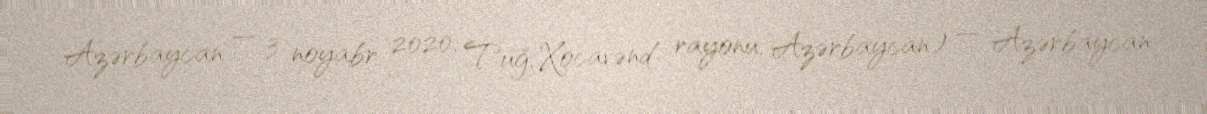
Azərbaycan — 3 noyabr 2020; Tuğ, Xocavənd rayonu, Azərbaycan) — Azərbaycan